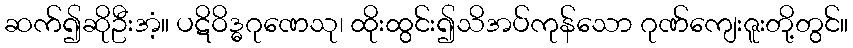
ဆက်၍ဆိုဦးအံ့။ ပဋိဝိဒ္ဓဂုဏေသု၊ ထိုးထွင်း၍သိအပ်ကုန်သော ဂုဏ်ကျေးဇူးတို့တွင်။